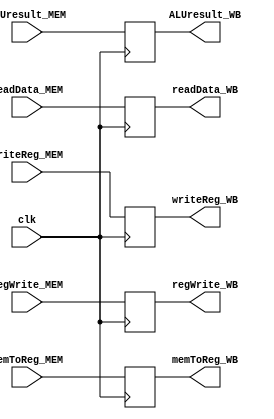
module MEM_WB( 
    input clk,

    input wire regWrite_MEM,
    input wire memToReg_MEM,
    input wire [31:0] ALUresult_MEM,
    input wire [31:0] readData_MEM,
    input wire [4:0] writeReg_MEM,

    output reg regWrite_WB,
    output reg memToReg_WB,
    output reg [31:0] ALUresult_WB,
    output reg [31:0] readData_WB,
    output reg [4:0] writeReg_WB
   );

	always @(posedge clk) begin
		regWrite_WB <= regWrite_MEM;
		ALUresult_WB <= ALUresult_MEM;
		readData_WB <= readData_MEM;
		memToReg_WB <= memToReg_MEM;
		writeReg_WB <= writeReg_MEM;
	end

endmodule